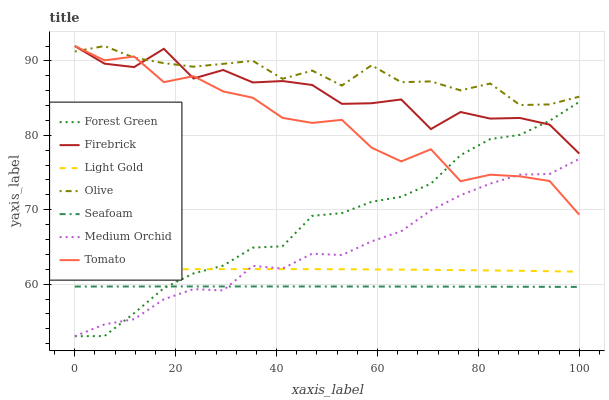
| xaxis_label | Forest Green | Firebrick | Light Gold | Olive | Seafoam | Medium Orchid | Tomato |
 | --- | --- | --- | --- | --- | --- | --- | --- |
 | 0 | 53 | 92 | 61.9 | 91.3 | 59.7 | 53 | 92 |
 | 5.88 | 53 | 89.6 | 61.9 | 92 | 59.7 | 54.6 | 90.1 |
 | 11.8 | 56.1 | 89.2 | 62 | 90.4 | 59.7 | 55.3 | 90.6 |
 | 17.6 | 59.5 | 91.6 | 62 | 89.7 | 59.7 | 58 | 87.1 |
 | 23.5 | 61.4 | 87.6 | 62 | 89.2 | 59.7 | 59.3 | 87.9 |
 | 29.4 | 62.5 | 88.8 | 62 | 89.6 | 59.7 | 59.2 | 85.9 |
 | 35.3 | 64.9 | 87.1 | 62 | 90 | 59.7 | 62.5 | 85.1 |
 | 41.2 | 65.1 | 87.3 | 62 | 87.6 | 59.7 | 62.1 | 82.3 |
 | 47.1 | 69.2 | 86.8 | 62 | 88.7 | 59.7 | 64.1 | 81.7 |
 | 52.9 | 69.5 | 84.2 | 62 | 86.7 | 59.7 | 63.9 | 82.1 |
 | 58.8 | 71.1 | 84.3 | 62 | 89.4 | 59.7 | 65.7 | 78.3 |
 | 64.7 | 71.7 | 84.8 | 62 | 87.1 | 59.7 | 67.1 | 76.5 |
 | 70.6 | 73.5 | 80.8 | 61.9 | 87.2 | 59.7 | 69.9 | 78.1 |
 | 76.5 | 77.3 | 83.1 | 61.9 | 86 | 59.7 | 72 | 73.8 |
 | 82.4 | 79.5 | 82.2 | 61.8 | 87 | 59.7 | 73.5 | 74.7 |
 | 88.2 | 80.1 | 82.3 | 61.8 | 84.1 | 59.6 | 74.7 | 74.5 |
 | 94.1 | 81.9 | 81.4 | 61.7 | 84.1 | 59.6 | 74.8 | 73.9 |
 | 100 | 84.5 | 77.5 | 61.7 | 85.2 | 59.6 | 76.8 | 69.3 |